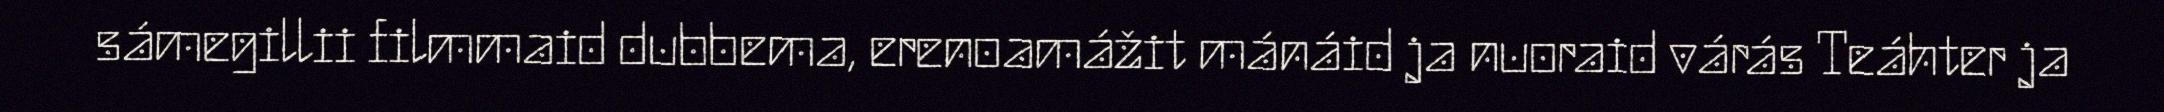
sámegillii filmmaid dubbema, erenoamážit mánáid ja nuoraid várás Teáhter ja